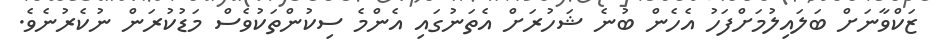
ޒަކްވާނަށް ބަލައިލުމަށްފަހު އެހެން ބުނެ ޝަހުރަށް އެތަނުގައި އެންމެ ސިކުންތަކުވެސް މަޑުކުރަން ނުކެރުނެވެ.